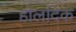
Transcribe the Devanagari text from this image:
होलदिक